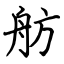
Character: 舫